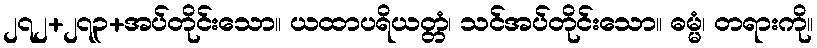
၂၇၂+၂၇၃+အပ်တိုင်းသော။ ယထာပရိယတ္တံ၊ သင်အပ်တိုင်းသော။ ဓမ္မံ၊ တရားကို။